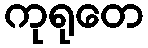
ကုရုတေ